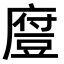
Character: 𫎃